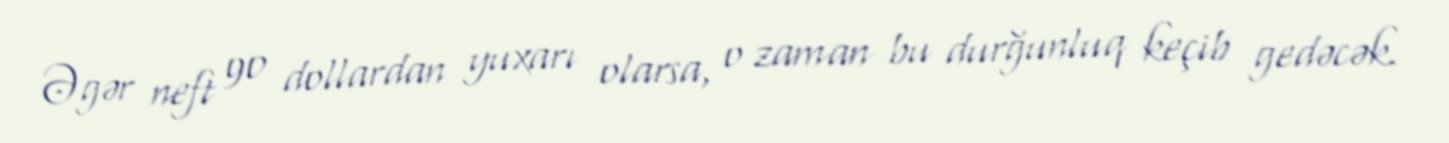
Əgər neft 90 dollardan yuxarı olarsa, o zaman bu durğunluq keçib gedəcək.